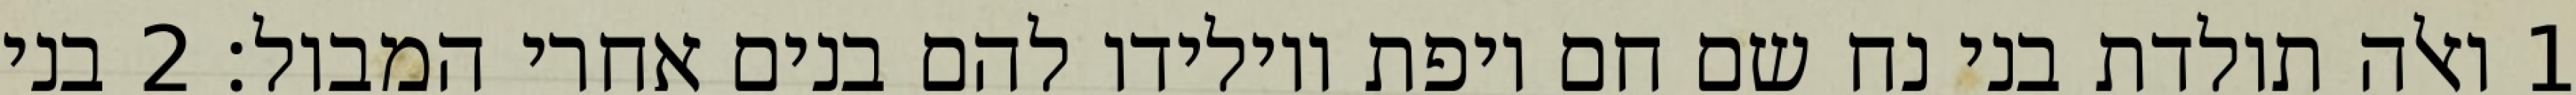
1 ואלה תולדת בני נח שם חם ויפת ויולידו להם בנים אחרי המבול׃ ‎2‏ בני